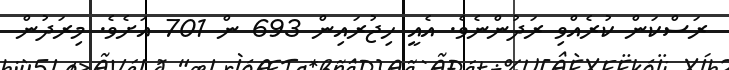
ރަސްކަން ކުރެއްވި ރަދުންނެވެ. އެއީ ހިޖުރައިން 693 ން 701 އަށެވެ. މިރަދުން